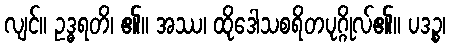
လျင်။ ဥဒ္ဓရတိ၊ ၏။ အဿ၊ ထိုဒေါသစရိတပုဂ္ဂိုလ်၏။ ပဒဉ္စ၊